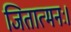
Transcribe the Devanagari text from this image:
जितात्मनः।